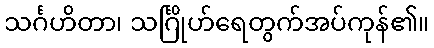
သင်္ဂဟိတာ၊ သင်္ဂြိုဟ်ရေတွက်အပ်ကုန်၏။